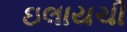
ઇલાયચી